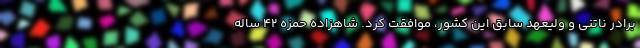
برادر ناتنی و ولیعهد سابق این کشور، موافقت کرد. شاهزاده حمزه 42 ساله